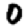
Digit: 0